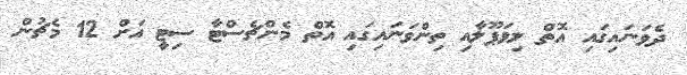
ދެވަނައިގައި އޮތް ލިވަޕޫލާއި ތިންވަނައިގައި އޮތް މެންޗެސްޓާ ސިޓީ އަށް 12 މެޗުން